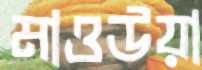
মাওউয়া